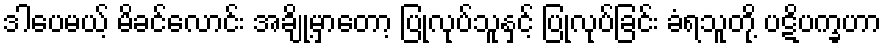
ဒါပေမယ့် မိခင်လောင်း အချို့မှာတော့ ပြုလုပ်သူနှင့် ပြုလုပ်ခြင်း ခံရသူတို့ ပဋိပက္ခဟာ